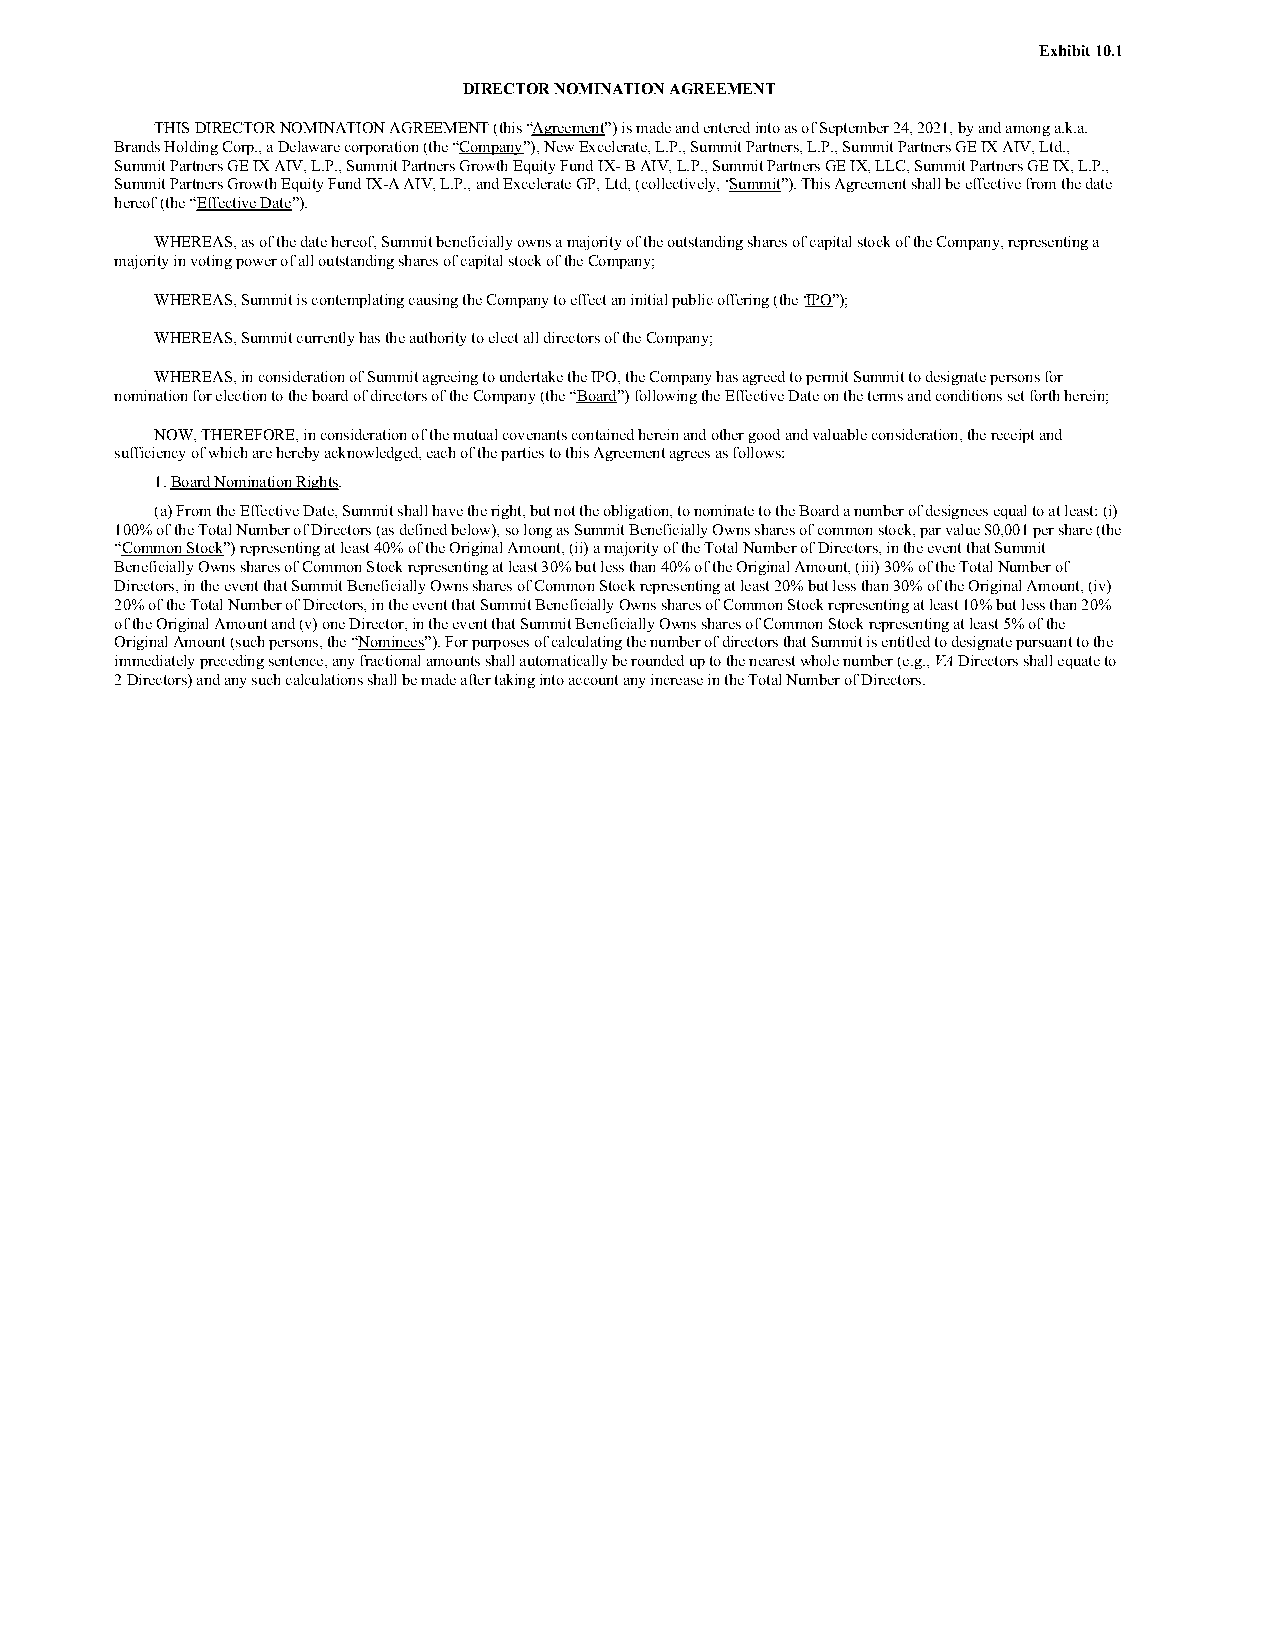
Exhibit 10.1
 DIRECTOR NOMINATION AGREEMENT
 THIS DIRECTOR NOMINATION AGREEMENT (this “Agreement”) is made and entered into as of September 24, 2021, by and among a.k.a.
 Brands Holding Corp., a Delaware corporation (the “Company”), New Excelerate, L.P., Summit Partners, L.P., Summit Partners GE IX AIV, Ltd.,
 Summit Partners GE IX AIV, L.P., Summit Partners Growth Equity Fund IX- B AIV, L.P., Summit Partners GE IX, LLC, Summit Partners GE IX, L.P.,
 Summit Partners Growth Equity Fund IX-A AIV, L.P., and Excelerate GP, Ltd, (collectively, “Summit”). This Agreement shall be effective from the date
 hereof (the “Effective Date”).
 WHEREAS, as of the date hereof, Summit beneficially owns a majority of the outstanding shares of capital stock of the Company, representing a
 majority in voting power of all outstanding shares of capital stock of the Company;
 WHEREAS, Summit is contemplating causing the Company to effect an initial public offering (the “IPO”);
 WHEREAS, Summit currently has the authority to elect all directors of the Company;
 WHEREAS, in consideration of Summit agreeing to undertake the IPO, the Company has agreed to permit Summit to designate persons for
 nomination for election to the board of directors of the Company (the “Board”) following the Effective Date on the terms and conditions set forth herein;
 NOW, THEREFORE, in consideration of the mutual covenants contained herein and other good and valuable consideration, the receipt and
 sufficiency of which are hereby acknowledged, each of the parties to this Agreement agrees as follows:
 1. Board Nomination Rights.
 (a) From the Effective Date, Summit shall have the right, but not the obligation, to nominate to the Board a number of designees equal to at least: (i)
 100% of the Total Number of Directors (as defined below), so long as Summit Beneficially Owns shares of common stock, par value $0,001 per share (the
 “Common Stock”) representing at least 40% of the Original Amount, (ii) a majority of the Total Number of Directors, in the event that Summit
 Beneficially Owns shares of Common Stock representing at least 30% but less than 40% of the Original Amount, (iii) 30% of the Total Number of
 Directors, in the event that Summit Beneficially Owns shares of Common Stock representing at least 20% but less than 30% of the Original Amount, (iv)
 20% of the Total Number of Directors, in the event that Summit Beneficially Owns shares of Common Stock representing at least 10% but less than 20%
 of the Original Amount and (v) one Director, in the event that Summit Beneficially Owns shares of Common Stock representing at least 5% of the
 Original Amount (such persons, the “Nominees”). For purposes of calculating the number of directors that Summit is entitled to designate pursuant to the
 immediately preceding sentence, any fractional amounts shall automatically be rounded up to the nearest whole number (e.g., VA Directors shall equate to
 2 Directors) and any such calculations shall be made after taking into account any increase in the Total Number of Directors.